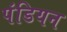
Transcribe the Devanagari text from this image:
पंडियन